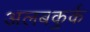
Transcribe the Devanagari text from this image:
अलबकुर्क